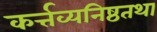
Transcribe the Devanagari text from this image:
कर्त्तव्यनिष्ठतथा